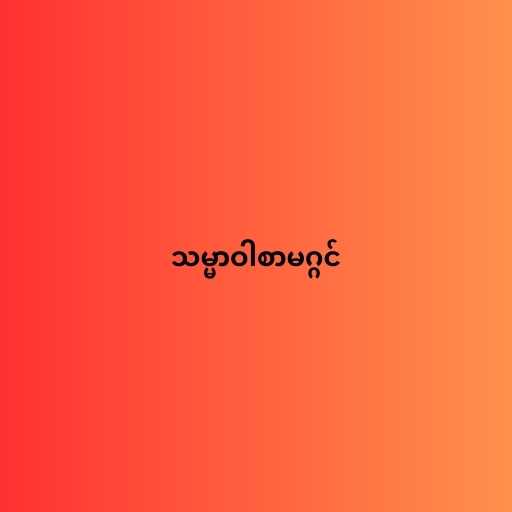
သမ္မာဝါစာမဂ္ဂင်